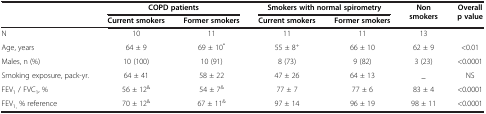
<table><thead><tr><td rowspan="2"><b> </b></td><td colspan="2"><b>COPD patients</b></td><td colspan="2"><b>Smokers with normal spirometry</b></td><td rowspan="2"><b>Non smokers</b></td><td rowspan="2"><b>Overall p value</b></td></tr><tr><td><b>Current smokers</b></td><td><b>Former smokers</b></td><td><b>Current smokers</b></td><td><b>Former smokers</b></td></tr></thead><tbody><tr><td>N</td><td>10</td><td>11</td><td>11</td><td>11</td><td>13</td><td> </td></tr><tr><td>Age, years</td><td>64 ± 9</td><td>69 ± 10<sup>*</sup></td><td>55 ± 8<sup>+</sup></td><td>66 ± 10</td><td>62 ± 9</td><td>&lt;0.01</td></tr><tr><td>Males, n (%)</td><td>10 (100)</td><td>10 (91)</td><td>8 (73)</td><td>9 (82)</td><td>3 (23)</td><td>&lt;0.0001</td></tr><tr><td>Smoking exposure, pack-yr.</td><td>64 ± 41</td><td>58 ± 22</td><td>47 ± 26</td><td>64 ± 13</td><td>_</td><td>NS</td></tr><tr><td>FEV<sub>1</sub> / FVC<sub>1</sub>, %</td><td>56 ± 12<sup>&amp;</sup></td><td>54 ± 7<sup>&amp;</sup></td><td>77 ± 7</td><td>77 ± 6</td><td>83 ± 4</td><td>&lt;0.0001</td></tr><tr><td>FEV<sub>1,</sub> % reference</td><td>70 ± 12<sup>&amp;</sup></td><td>67 ± 11<sup>&amp;</sup></td><td>97 ± 14</td><td>96 ± 19</td><td>98 ± 11</td><td>&lt;0.0001</td></tr></tbody></table>